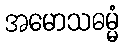
အမောသဓမ္မံ